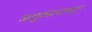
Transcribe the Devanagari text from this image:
वालुकाश्मापासुन